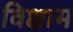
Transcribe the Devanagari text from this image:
विक्षाम